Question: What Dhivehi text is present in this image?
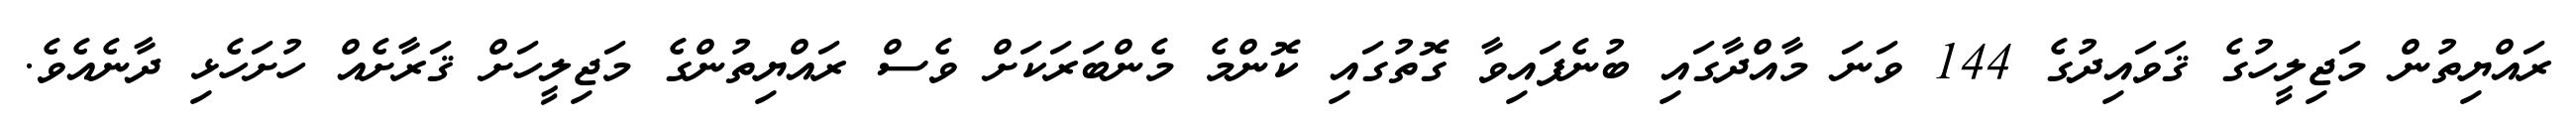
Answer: ރައްޔިތުން މަޖިލީހުގެ ޤަވައިދުގެ 144 ވަނަ މާއްދާގައި ބުނެފައިވާ ގޮތުގައި ކޮންމެ މެންބަރަކަށް ވެސް ރައްޔިތުންގެ މަޖިލީހަށް ޤަރާށެއް ހުށަހެޅި ދާނެއެވެ.